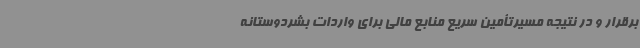
برقرار و در نتیجه مسیرتأمین سریع منابع مالی برای واردات بشردوستانه